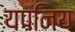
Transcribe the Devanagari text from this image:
यपनिय